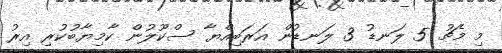
މި މެޗު 5 ލަނޑު 3 ލަނޑުން އަރަބިއްޔާ ސްކޫލުން ކާމިޔާބުކުރި އިރު